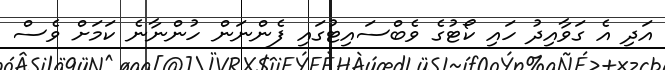
އަދި އެ ގަވާއިދު ހައި ކޯޓުގެ ވެބްސައިޓުގައި ފެންނަން ހުންނާނެ ކަމަށް ވެސް